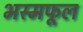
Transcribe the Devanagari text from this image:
भस्मफूल